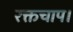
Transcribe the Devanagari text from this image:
रक्तचाप।